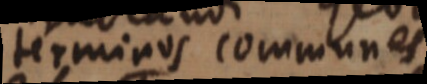
terminos communes